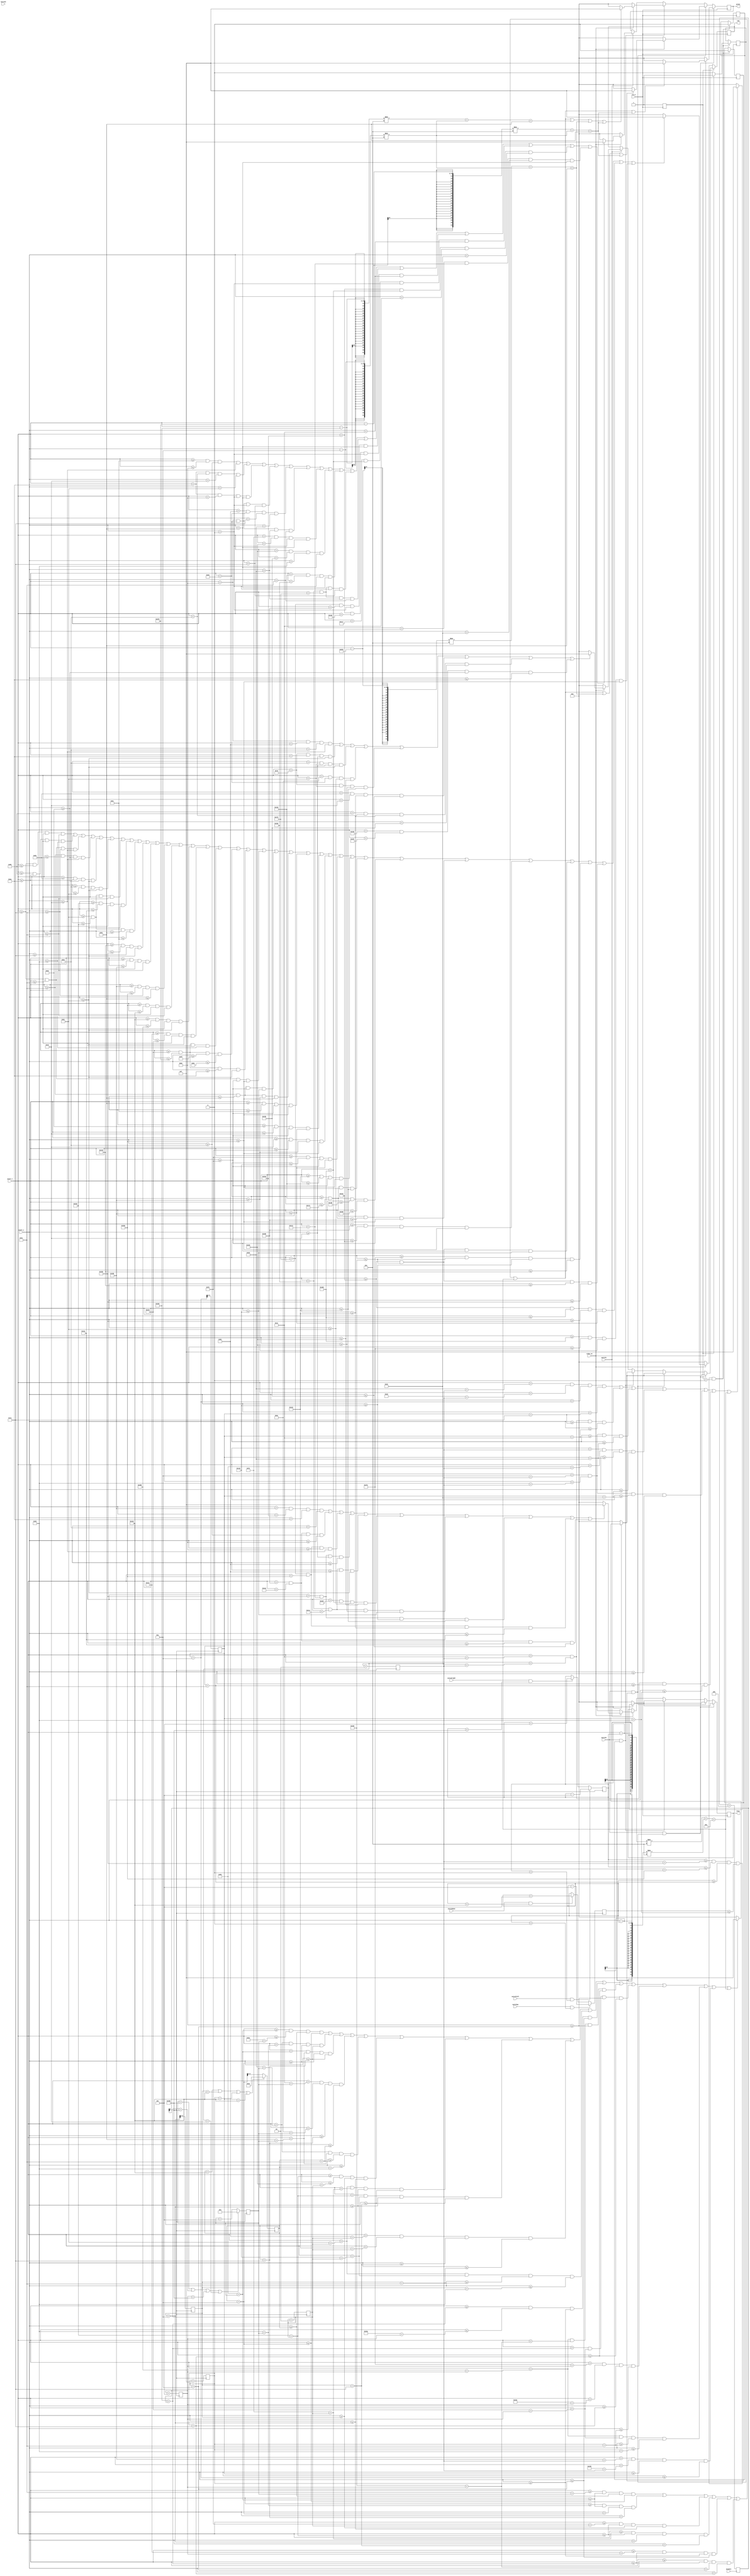
`timescale 1ns / 1ps

module pixel_gen(
input clk_d,
input [9:0] pixel_x,
input [9:0] pixel_y,
input video_on,

output reg [3:0] red = 0,
output reg [3:0] green = 0,
output reg [3:0] blue = 0,
input animate,
input switch1,
input switch2,
input switch3,
input switchup,
input switchdown,
input switchleft,
input switchright
    );
    
 reg [4:0]div =0; 
 reg [9:0] y_loc1 = 0;
 reg [9:0] y_loc2 = 0;
 reg [9:0] y_loc3 = 0;
 reg [9:0] y_loc4 = 0;
 reg [9:0] cy = 0;
 
 reg [9:0] x_loc1 = 0;
 reg [9:0] x_loc2 = 0;
 reg [9:0] x_loc3 = 0;
 reg [9:0] x_loc4 = 0;
 reg [9:0] cx = 0;
 
 reg lives =3;
 reg state3 =1;
 reg state2 = 0;
 reg state1 = 0;
 reg state0 = 0;

 //reg [9:0] liv 1 = 0;
 //reg [9:0] x_loc2 = 0;
 //reg [9:0] x_loc3 = 0;
always @ (posedge animate)
begin 
div<= div+4;
end

always @ (posedge div[3])
begin
 if (switchdown && cy<480)
 cy <= cy+5;
 //else
 //cy=cy-5;
 
 if (switchup && cy>0)
 cy <= cy-5;
 //else 
 //cy=cy+5; 
 
 
 if (switchright && cx<640)
 cx <= cx+5;
 //else 
 //cx=cx-5; 
 
 if (switchleft && cx>0)
 cx <= cx-5;
 //else 
 //cx=cx+5; 
 
  
    
    if(y_loc1 ==480 || y_loc2 == 480 ||y_loc3 == 480 || y_loc4 == 480)
    begin 
        y_loc1 <= 50;
        y_loc2 <= 50;
        y_loc3 <= 50;
        y_loc4 <= 50;
        
    end 
   
    else 
        y_loc1<= y_loc1 + 10;
        y_loc2 <= y_loc2 + 10;
        y_loc3 <= y_loc3 + 15;
        y_loc4 <= y_loc4 + 10;
        
     if(x_loc1 == 640 || x_loc2 == 640 || x_loc3 == 640|| x_loc4 == 200)
      begin
        x_loc1 <= 0;
        x_loc2 <=0;
        x_loc3 <=0;
        x_loc4 <=60;
        
    
        end 
      else 
        x_loc1<= x_loc1 + 5;
        x_loc2<= x_loc2 + 2;
        x_loc3 <= x_loc3 + 5;
        x_loc4 <= x_loc4 + 2;
end
    
always @(posedge clk_d)
 begin

// collision
if (cx>=x_loc4+360 && cx<= x_loc4+440 && cy>=y_loc4+60 && cy<= y_loc4+70 && lives >0)begin

        if(lives ==3)
        begin
            lives<= lives -1;
            state3 <=1;
            end
        else if(lives ==2)
        begin
            lives <=lives-1;
            state2 <=1;
            state3<=0;
        end
        else if (lives == 1)
        begin 
            lives <=lives-1;
            state2 <=0;
            state1<=1;
            state3<=0;
            end
        else if (lives ==0)
        begin 
            state2 <=0;        
            state1<=0;
            state3<=0;
            end
//        cx<= cx-100;
//        cy<= cy-100;
 end

if(switch1)
    state0<=0;
    lives<=3;
    
    if (switch1)
    begin
     red <= video_on?
     (pixel_x>190 && pixel_x<210 && pixel_y>180 && pixel_y<=200)||
     //
     (pixel_x>120 && pixel_x<170 && pixel_y>=200 && pixel_y<=220)||
     //210 
     (pixel_x>180 && pixel_x<220 && pixel_y>=200 && pixel_y<=220) ||
     (pixel_x>110 && pixel_x<230 && pixel_y>=220 && pixel_y<=270)||
     //210
     (pixel_x>120 && pixel_x<220 && pixel_y>=270 && pixel_y<=290) ||
     //220
     (pixel_x>130 && pixel_x<200 && pixel_y>=290 && pixel_y<=310) ||
     //230
     (pixel_x>150 && pixel_x<180 && pixel_y>=290 && pixel_y<310) ||
     //240
     //apple code above
     (pixel_x>402 && pixel_x<407 && pixel_y>=160 && pixel_y<=170) 
     
      ? 4'hF:4'h0:4'h0;
      
//    green <= video_on?((((pixel_x-300)*2 +(pixel_y-300)*2)<400) || 
    green <= video_on?(pixel_x>=140 && pixel_x<=190 && pixel_y>=180 && pixel_y<=200) ||
     (pixel_x>170 && pixel_x<180 && pixel_y>200 && pixel_y<220) 
     //apple code aoove
     ||
     //p of play
     (pixel_x>170 && pixel_x<190 && pixel_y>000  && pixel_y<100)||
     (pixel_x>190&& pixel_x<230 &&  pixel_y>000 && pixel_y<020)||
     (pixel_x>210&& pixel_x<230 &&  pixel_y>020 && pixel_y<040)||
     (pixel_x>190&& pixel_x<230 &&  pixel_y>040 && pixel_y<060)||
     
     //l of play
     (pixel_x>250 && pixel_x<270 && pixel_y>000  && pixel_y<100)||
     (pixel_x>270&& pixel_x<310 &&  pixel_y>070 && pixel_y<100) ||
     
     //a of play
     (pixel_x>330 && pixel_x<350 && pixel_y>000  && pixel_y<100)||
     (pixel_x>350 && pixel_x<370 && pixel_y>000  && pixel_y<020)||
     (pixel_x>350 && pixel_x<370 && pixel_y>040  && pixel_y<060)||
     (pixel_x>370 && pixel_x<390 && pixel_y>000  && pixel_y<100)||
     
     //y of play
     (pixel_x>410 && pixel_x<425 && pixel_y>000  && pixel_y<030)||
     (pixel_x>455& pixel_x<470 && pixel_y>000  && pixel_y<030)||
     (pixel_x>410 && pixel_x<470 && pixel_y>030  && pixel_y<050)||
     (pixel_x>430 && pixel_x<450 && pixel_y>050  && pixel_y<100)  
    
     //(pixel_x>170 && pixel_x<180 && pixel_y>200 && pixel_y<220)
   
     ? 4'hF:4'h0:4'h0;

    blue <= video_on? 
     (pixel_x>400 && pixel_x<410 && pixel_y>170 && pixel_y<180)||
    (pixel_x>390 && pixel_x<420 && pixel_y>=180 && pixel_y<=190) ||
    (pixel_x>370 && pixel_x<440 && pixel_y>=190 && pixel_y<=200)  ||
    (pixel_x>360 && pixel_x<450 && pixel_y>=200 && pixel_y<=210) ||
    (pixel_x>350 && pixel_x<460 && pixel_y>=210 && pixel_y<=220) ||
    (pixel_x>340 && pixel_x<470 && pixel_y>=220 && pixel_y<=270) ||
    
    (pixel_x>350 && pixel_x<460 && pixel_y>=270 && pixel_y<=280)||
    (pixel_x>360 && pixel_x<450 && pixel_y>=280 && pixel_y<=290)  ||
    (pixel_x>370 && pixel_x<440 && pixel_y>=290 && pixel_y<=300) ||
    (pixel_x>390 && pixel_x<420 && pixel_y>=300 && pixel_y<=310)      
    ? 4'hF:4'h0:4'h0;

    end
    
    if (switch2 && state3)
    begin
    //apple code 1
     red <= video_on?
//   (pixel_x>=160 && pixel_x<=170 && pixel_y>=180 && pixel_y<=190)||
     (pixel_x>=80+x_loc1 && pixel_x<=90+x_loc1 && pixel_y>=y_loc1 && pixel_y<=y_loc1+10)||
     
     (pixel_x>40+x_loc1 && pixel_x<70+x_loc1 && pixel_y>=y_loc1+10 && pixel_y<=y_loc1+20)||
     (pixel_x>80+x_loc1 && pixel_x<100+x_loc1 && pixel_y>=y_loc1+10 && pixel_y<=y_loc1+20) ||
     
     (pixel_x>30+x_loc1 && pixel_x<110+x_loc1 && pixel_y>=y_loc1+20 && pixel_y<=y_loc1+60)||
     
     (pixel_x>40+x_loc1 && pixel_x<100+x_loc1 && pixel_y>=y_loc1+60 && pixel_y<=y_loc1+70) ||
     
     //apple 2
     (pixel_x>=260+x_loc2 && pixel_x<=270+x_loc2 && pixel_y>=y_loc2 && pixel_y<=y_loc2+10)||
     
     (pixel_x>220+x_loc2 && pixel_x<250+x_loc2 && pixel_y>=y_loc2+10 && pixel_y<=y_loc2+20)||
     (pixel_x>260+x_loc2 && pixel_x<280+x_loc2 && pixel_y>=y_loc2+10 && pixel_y<=y_loc2+20) ||
     
     (pixel_x>210+x_loc2 && pixel_x<290+x_loc2 && pixel_y>=y_loc2+20 && pixel_y<=y_loc2+60)||
     
     (pixel_x>220+x_loc2 && pixel_x<280+x_loc2 && pixel_y>=y_loc2+60 && pixel_y<=y_loc2+70) ||
     
     //apple 3
     (pixel_x>=560+x_loc3 && pixel_x<=570+x_loc3 && pixel_y>=y_loc3 && pixel_y<=y_loc3+10)||
     
     (pixel_x>520+x_loc3 && pixel_x<550+x_loc3 && pixel_y>=y_loc3+10 && pixel_y<=y_loc3+20)||
     (pixel_x>560+x_loc3 && pixel_x<580+x_loc3 && pixel_y>=y_loc3+10 && pixel_y<=y_loc3+20) ||
     
     (pixel_x>510+x_loc3 && pixel_x<590+x_loc3 && pixel_y>=y_loc3+20 && pixel_y<=y_loc3+60)||
     
     (pixel_x>520+x_loc3 && pixel_x<580+x_loc3 && pixel_y>=y_loc3+60 && pixel_y<=y_loc3+70) ||
     
     //for bomb 
     (pixel_x>400+x_loc4 && pixel_x<405+x_loc4 && pixel_y>=y_loc4 && pixel_y<=y_loc4+10)||
       //cursor
     ((pixel_x- cx)**2+ (pixel_y- cy)**2 <14)
     
      ? 4'hF:4'h0:4'h0;
     
    //apple leaf 1
    green <= video_on?
    (pixel_x>=40+20+x_loc1 && pixel_x<=60+20+x_loc1 && pixel_y>=y_loc1 && pixel_y<=y_loc1+10) ||
     (pixel_x>=50+20+x_loc1 && pixel_x<=60+20+x_loc1 && pixel_y>y_loc1+10 && pixel_y<y_loc1+20)
    ||
    
    //apple leaf 2
    (pixel_x>=240+x_loc2 && pixel_x<=260+x_loc2 && pixel_y>=y_loc2 && pixel_y<=y_loc2+10) ||
     (pixel_x>=250+x_loc2 && pixel_x<=260+x_loc2 && pixel_y>y_loc2+10 && pixel_y<y_loc2+20) ||
     
     //apple leaf 3
    (pixel_x>=540+x_loc3 && pixel_x<=560+x_loc3 && pixel_y>=y_loc3 && pixel_y<=y_loc3+10) ||
     (pixel_x>=550+x_loc3 && pixel_x<=560+x_loc3 && pixel_y>y_loc3+10 && pixel_y<y_loc3+20)||
      //cursor
     ((pixel_x- cx)**2+ (pixel_y- cy)**2 <14) ||
      
     //lives 
         
      ((pixel_x- 560)**2+ (pixel_y- 10)**2 < 100)||
    ((pixel_x-595 )**2+ (pixel_y- 10)**2 < 100)||
    ((pixel_x- 630 )**2+ (pixel_y- 10)**2 < 100) ? 4'hF:4'h0:4'h0;
  
    
    
    blue <= video_on?
    //bomb
    (pixel_x>40+x_loc4 && pixel_x<45+x_loc4 && pixel_y>y_loc4+10 && pixel_y<y_loc4+20)||
    (pixel_x>30+x_loc4 && pixel_x<50+x_loc4 && pixel_y>=y_loc4+20 && pixel_y<=y_loc4+30) ||
    (pixel_x>10+x_loc4 && pixel_x<70+x_loc4 && pixel_y>=y_loc4+30 && pixel_y<=y_loc4+40)  ||
    (pixel_x>x_loc4 && pixel_x<80+x_loc4 && pixel_y>=y_loc4+40 && pixel_y<=y_loc4+50) ||
    (pixel_x>10+x_loc4 && pixel_x<70+x_loc4 && pixel_y>=y_loc4+50 && pixel_y<=y_loc4+60) ||
    (pixel_x>30+x_loc4 && pixel_x<50+x_loc4 && pixel_y>=y_loc4+60 && pixel_y<=y_loc4+70)||
      //cursor
     ((pixel_x- cx)**2+ (pixel_y- cy)**2 <14)      
    ? 4'hF:4'h0:4'h0;
    end 
    
    if (switch2 && state2)
    begin
    //apple code 1
     red <= video_on?
//   (pixel_x>=160 && pixel_x<=170 && pixel_y>=180 && pixel_y<=190)||
     (pixel_x>=80+x_loc1 && pixel_x<=90+x_loc1 && pixel_y>=y_loc1 && pixel_y<=y_loc1+10)||
     
     (pixel_x>40+x_loc1 && pixel_x<70+x_loc1 && pixel_y>=y_loc1+10 && pixel_y<=y_loc1+20)||
     (pixel_x>80+x_loc1 && pixel_x<100+x_loc1 && pixel_y>=y_loc1+10 && pixel_y<=y_loc1+20) ||
     
     (pixel_x>30+x_loc1 && pixel_x<110+x_loc1 && pixel_y>=y_loc1+20 && pixel_y<=y_loc1+60)||
     
     (pixel_x>40+x_loc1 && pixel_x<100+x_loc1 && pixel_y>=y_loc1+60 && pixel_y<=y_loc1+70) ||
     
     //apple 2
     (pixel_x>=260+x_loc2 && pixel_x<=270+x_loc2 && pixel_y>=y_loc2 && pixel_y<=y_loc2+10)||
     
     (pixel_x>220+x_loc2 && pixel_x<250+x_loc2 && pixel_y>=y_loc2+10 && pixel_y<=y_loc2+20)||
     (pixel_x>260+x_loc2 && pixel_x<280+x_loc2 && pixel_y>=y_loc2+10 && pixel_y<=y_loc2+20) ||
     
     (pixel_x>210+x_loc2 && pixel_x<290+x_loc2 && pixel_y>=y_loc2+20 && pixel_y<=y_loc2+60)||
     
     (pixel_x>220+x_loc2 && pixel_x<280+x_loc2 && pixel_y>=y_loc2+60 && pixel_y<=y_loc2+70) ||
     
     //apple 3
     (pixel_x>=560+x_loc3 && pixel_x<=570+x_loc3 && pixel_y>=y_loc3 && pixel_y<=y_loc3+10)||
     
     (pixel_x>520+x_loc3 && pixel_x<550+x_loc3 && pixel_y>=y_loc3+10 && pixel_y<=y_loc3+20)||
     (pixel_x>560+x_loc3 && pixel_x<580+x_loc3 && pixel_y>=y_loc3+10 && pixel_y<=y_loc3+20) ||
     
     (pixel_x>510+x_loc3 && pixel_x<590+x_loc3 && pixel_y>=y_loc3+20 && pixel_y<=y_loc3+60)||
     
     (pixel_x>520+x_loc3 && pixel_x<580+x_loc3 && pixel_y>=y_loc3+60 && pixel_y<=y_loc3+70) ||
     
     //for bomb 
     (pixel_x>400+x_loc4 && pixel_x<405+x_loc4 && pixel_y>=y_loc4 && pixel_y<=y_loc4+10)||
       //cursor
     ((pixel_x- cx)**2+ (pixel_y- cy)**2 <14)
     
      ? 4'hF:4'h0:4'h0;
     
    //apple leaf 1
    green <= video_on?
    (pixel_x>=40+20+x_loc1 && pixel_x<=60+20+x_loc1 && pixel_y>=y_loc1 && pixel_y<=y_loc1+10) ||
     (pixel_x>=50+20+x_loc1 && pixel_x<=60+20+x_loc1 && pixel_y>y_loc1+10 && pixel_y<y_loc1+20)
    ||
    
    //apple leaf 2
    (pixel_x>=240+x_loc2 && pixel_x<=260+x_loc2 && pixel_y>=y_loc2 && pixel_y<=y_loc2+10) ||
     (pixel_x>=250+x_loc2 && pixel_x<=260+x_loc2 && pixel_y>y_loc2+10 && pixel_y<y_loc2+20) ||
     
     //apple leaf 3
    (pixel_x>=540+x_loc3 && pixel_x<=560+x_loc3 && pixel_y>=y_loc3 && pixel_y<=y_loc3+10) ||
     (pixel_x>=550+x_loc3 && pixel_x<=560+x_loc3 && pixel_y>y_loc3+10 && pixel_y<y_loc3+20)||
      //cursor
     ((pixel_x- cx)**2+ (pixel_y- cy)**2 <14) ||
      
     //lives 
         
      //2 lives
    ((pixel_x-595 )**2+ (pixel_y- 10)**2 < 100)||
    ((pixel_x- 630 )**2+ (pixel_y- 10)**2 < 100) ? 4'hF:4'h0:4'h0;
  
    blue <= video_on?
    //bomb
    (pixel_x>40+x_loc4 && pixel_x<45+x_loc4 && pixel_y>y_loc4+10 && pixel_y<y_loc4+20)||
    (pixel_x>30+x_loc4 && pixel_x<50+x_loc4 && pixel_y>=y_loc4+20 && pixel_y<=y_loc4+30) ||
    (pixel_x>10+x_loc4 && pixel_x<70+x_loc4 && pixel_y>=y_loc4+30 && pixel_y<=y_loc4+40)  ||
    (pixel_x>x_loc4 && pixel_x<80+x_loc4 && pixel_y>=y_loc4+40 && pixel_y<=y_loc4+50) ||
    (pixel_x>10+x_loc4 && pixel_x<70+x_loc4 && pixel_y>=y_loc4+50 && pixel_y<=y_loc4+60) ||
    (pixel_x>30+x_loc4 && pixel_x<50+x_loc4 && pixel_y>=y_loc4+60 && pixel_y<=y_loc4+70)||
      //cursor
     ((pixel_x- cx)**2+ (pixel_y- cy)**2 <14)      
    ? 4'hF:4'h0:4'h0;
    end 
    
    if (switch2 && state1)
    begin
    //apple code 1
     red <= video_on?
//   (pixel_x>=160 && pixel_x<=170 && pixel_y>=180 && pixel_y<=190)||
     (pixel_x>=80+x_loc1 && pixel_x<=90+x_loc1 && pixel_y>=y_loc1 && pixel_y<=y_loc1+10)||
     
     (pixel_x>40+x_loc1 && pixel_x<70+x_loc1 && pixel_y>=y_loc1+10 && pixel_y<=y_loc1+20)||
     (pixel_x>80+x_loc1 && pixel_x<100+x_loc1 && pixel_y>=y_loc1+10 && pixel_y<=y_loc1+20) ||
     
     (pixel_x>30+x_loc1 && pixel_x<110+x_loc1 && pixel_y>=y_loc1+20 && pixel_y<=y_loc1+60)||
     
     (pixel_x>40+x_loc1 && pixel_x<100+x_loc1 && pixel_y>=y_loc1+60 && pixel_y<=y_loc1+70) ||
     
     //apple 2
     (pixel_x>=260+x_loc2 && pixel_x<=270+x_loc2 && pixel_y>=y_loc2 && pixel_y<=y_loc2+10)||
     
     (pixel_x>220+x_loc2 && pixel_x<250+x_loc2 && pixel_y>=y_loc2+10 && pixel_y<=y_loc2+20)||
     (pixel_x>260+x_loc2 && pixel_x<280+x_loc2 && pixel_y>=y_loc2+10 && pixel_y<=y_loc2+20) ||
     
     (pixel_x>210+x_loc2 && pixel_x<290+x_loc2 && pixel_y>=y_loc2+20 && pixel_y<=y_loc2+60)||
     
     (pixel_x>220+x_loc2 && pixel_x<280+x_loc2 && pixel_y>=y_loc2+60 && pixel_y<=y_loc2+70) ||
     
     //apple 3
     (pixel_x>=560+x_loc3 && pixel_x<=570+x_loc3 && pixel_y>=y_loc3 && pixel_y<=y_loc3+10)||
     
     (pixel_x>520+x_loc3 && pixel_x<550+x_loc3 && pixel_y>=y_loc3+10 && pixel_y<=y_loc3+20)||
     (pixel_x>560+x_loc3 && pixel_x<580+x_loc3 && pixel_y>=y_loc3+10 && pixel_y<=y_loc3+20) ||
     
     (pixel_x>510+x_loc3 && pixel_x<590+x_loc3 && pixel_y>=y_loc3+20 && pixel_y<=y_loc3+60)||
     
     (pixel_x>520+x_loc3 && pixel_x<580+x_loc3 && pixel_y>=y_loc3+60 && pixel_y<=y_loc3+70) ||
     
     //for bomb 
     (pixel_x>400+x_loc4 && pixel_x<405+x_loc4 && pixel_y>=y_loc4 && pixel_y<=y_loc4+10)||
       //cursor
     ((pixel_x- cx)**2+ (pixel_y- cy)**2 <14)
     
      ? 4'hF:4'h0:4'h0;
     
    //apple leaf 1
    green <= video_on?
    (pixel_x>=40+20+x_loc1 && pixel_x<=60+20+x_loc1 && pixel_y>=y_loc1 && pixel_y<=y_loc1+10) ||
     (pixel_x>=50+20+x_loc1 && pixel_x<=60+20+x_loc1 && pixel_y>y_loc1+10 && pixel_y<y_loc1+20)
    ||
    
    //apple leaf 2
    (pixel_x>=240+x_loc2 && pixel_x<=260+x_loc2 && pixel_y>=y_loc2 && pixel_y<=y_loc2+10) ||
     (pixel_x>=250+x_loc2 && pixel_x<=260+x_loc2 && pixel_y>y_loc2+10 && pixel_y<y_loc2+20) ||
     
     //apple leaf 3
    (pixel_x>=540+x_loc3 && pixel_x<=560+x_loc3 && pixel_y>=y_loc3 && pixel_y<=y_loc3+10) ||
     (pixel_x>=550+x_loc3 && pixel_x<=560+x_loc3 && pixel_y>y_loc3+10 && pixel_y<y_loc3+20)||
      //cursor
     ((pixel_x- cx)**2+ (pixel_y- cy)**2 <14) ||
      
     //lives 
         
      //1 lives
    ((pixel_x- 630 )**2+ (pixel_y- 10)**2 < 100) ? 4'hF:4'h0:4'h0;
  
   
    blue <= video_on?
    //bomb
    (pixel_x>40+x_loc4 && pixel_x<45+x_loc4 && pixel_y>y_loc4+10 && pixel_y<y_loc4+20)||
    (pixel_x>30+x_loc4 && pixel_x<50+x_loc4 && pixel_y>=y_loc4+20 && pixel_y<=y_loc4+30) ||
    (pixel_x>10+x_loc4 && pixel_x<70+x_loc4 && pixel_y>=y_loc4+30 && pixel_y<=y_loc4+40)  ||
    (pixel_x>x_loc4 && pixel_x<80+x_loc4 && pixel_y>=y_loc4+40 && pixel_y<=y_loc4+50) ||
    (pixel_x>10+x_loc4 && pixel_x<70+x_loc4 && pixel_y>=y_loc4+50 && pixel_y<=y_loc4+60) ||
    (pixel_x>30+x_loc4 && pixel_x<50+x_loc4 && pixel_y>=y_loc4+60 && pixel_y<=y_loc4+70)||
      //cursor
     ((pixel_x- cx)**2+ (pixel_y- cy)**2 <14)      
    ? 4'hF:4'h0:4'h0;
    end 
    
    
if (lives==0)
  //g for game
begin 
 red <= video_on?
(pixel_x>=20 && pixel_x<=150 && pixel_y>=20 && pixel_y<=60)||

(pixel_x>=150 && pixel_x<=170 && pixel_y>=20 && pixel_y<=70)||

(pixel_x>=20 && pixel_x<=60 && pixel_y>=60 && pixel_y<=200)||

(pixel_x>= 60 && pixel_x<=130 && pixel_y>=160 && pixel_y<=200)||

(pixel_x>=130 && pixel_x<=170 && pixel_y>=160 && pixel_y<=220)||


//a for game


(pixel_x>=180 && pixel_x<=220 && pixel_y>=20 && pixel_y<=220)||

(pixel_x>=220 && pixel_x<=260 && pixel_y>=20 && pixel_y<=60)||

(pixel_x>=260 && pixel_x<=300 && pixel_y>=20 && pixel_y<=220)||

(pixel_x>=220 && pixel_x<=260 && pixel_y>=100 && pixel_y<=140)||


//m for game

(pixel_x>=320 && pixel_x<=360 && pixel_y>=20 && pixel_y<=220)||

(pixel_x>=360 && pixel_x<=400 && pixel_y>=20 && pixel_y<=60)||

(pixel_x>=400 && pixel_x<=440 && pixel_y>=60 && pixel_y<=100)||

(pixel_x>=440 && pixel_x<=480 && pixel_y>=20 && pixel_y<=60)||

(pixel_x>=480 && pixel_x<=520 && pixel_y>=20 && pixel_y<=220)||




//e for game


(pixel_x>=540 && pixel_x<=580 && pixel_y>=20 && pixel_y<=220)||

(pixel_x>=580 && pixel_x<=630 && pixel_y>=20 && pixel_y<=70)||

(pixel_x>=580 && pixel_x<=630 && pixel_y>=95 && pixel_y<=145)||

(pixel_x>=580 && pixel_x<=630 && pixel_y>=170 && pixel_y<=220)||

//o for over

(pixel_x>=20 && pixel_x<=60 && pixel_y>=240 && pixel_y<=440)||

(pixel_x>=60 && pixel_x<=100 && pixel_y>=240 && pixel_y<=280)||

(pixel_x>=60 && pixel_x<=100 && pixel_y>=400 && pixel_y<=440)||

(pixel_x>=100 && pixel_x<=140 && pixel_y>=240 && pixel_y<=440)||

//v for over

(pixel_x>=160 && pixel_x<=200 && pixel_y>=240 && pixel_y<=400)||

(pixel_x>=200 && pixel_x<=240 && pixel_y>=400 && pixel_y<=440)||

(pixel_x>=240 && pixel_x<=280 && pixel_y>=240 && pixel_y<=400)||


//e for over

(pixel_x>=540-250 && pixel_x<=580-250 && pixel_y>=20+220 && pixel_y<=220+220)||

(pixel_x>=580-250 && pixel_x<=630-250 && pixel_y>=20+220 && pixel_y<=70+220)||

(pixel_x>=580-250 && pixel_x<=630-250 && pixel_y>=95+220 && pixel_y<=145+220)||

(pixel_x>=580-250 && pixel_x<=630-250 && pixel_y>=170+220 && pixel_y<=220+220)||

//r for over

(pixel_x>=390 && pixel_x<=430 && pixel_y>=240 && pixel_y<=440)||

(pixel_x>=430 && pixel_x<=550 && pixel_y>=20+220 && pixel_y<=280)||

(pixel_x>=510 && pixel_x<=550 && pixel_y>=60+220 && pixel_y<=320)||

(pixel_x>=430 && pixel_x<=550 && pixel_y>=320 && pixel_y<=360)||

(pixel_x>=430 && pixel_x<=470 && pixel_y>=360 && pixel_y<=400)||

(pixel_x>=470 && pixel_x<=510 && pixel_y>=400 && pixel_y<=440)
? 4'hF:4'h0:4'h0;
    end
    

 
 end 
 
endmodule